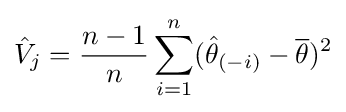
{\hat {V}}_{j}={\frac {n-1}{n}}\sum _{i=1}^{n}({\hat {\theta }}_{(-i)}-{\overline {\theta }})^{2}